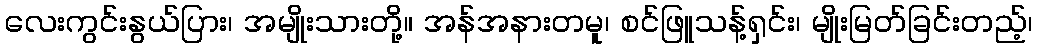
လေးကွင်းနွယ်ပြား၊ အမျိုးသားတို့။ အန်အနားတမူ၊ စင်ဖြူသန့်ရှင်း၊ မျိုးမြတ်ခြင်းတည့်၊